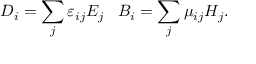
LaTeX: D _ { i } = \sum _ { j } \varepsilon _ { i j } E _ { j } \; \; \; B _ { i } = \sum _ { j } \mu _ { i j } H _ { j } .